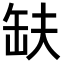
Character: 𮉱